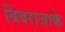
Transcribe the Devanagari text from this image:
बिंबराजाके